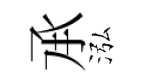
𠄘泓